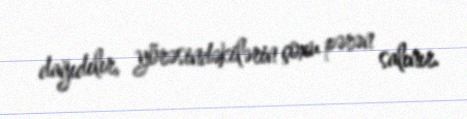
dağıdılır, yörəsindəkilərin çoxu pərən salınır.